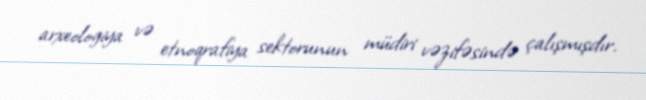
arxeologiya və etnoqrafiya sektorunun müdiri vəzifəsində çalışmışdır.